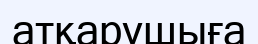
атқарушыға